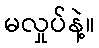
မလှုပ်နဲ့။